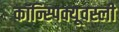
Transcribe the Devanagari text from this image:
कॉन्स्पिक्यूवस्ली